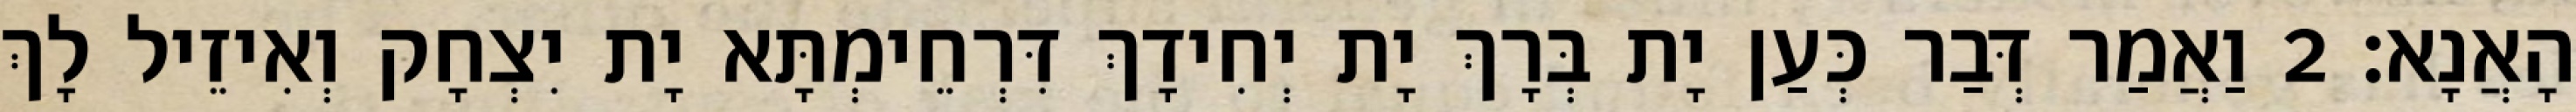
הָאֲנָא׃ 2 וַאֲמַר דְּבַר כְּעַן יָת בְּרָךְ יָת יְחִידָךְ דִּרְחֵימְתָּא יָת יִצְחָק וְאִיזֵיל לָךְ